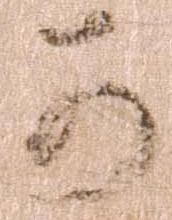
可